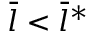
\bar { l } < \bar { l } ^ { * }